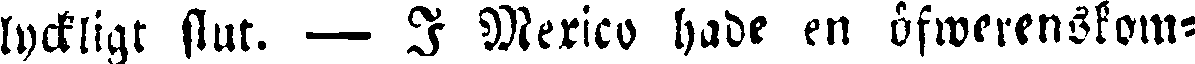
lyckligt slut. — I Mexico hade en öfwerenskom-